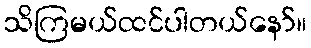
သိကြမယ်ထင်ပါတယ်နော်။